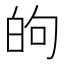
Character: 𫞮